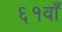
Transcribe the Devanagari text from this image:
६१वाँ